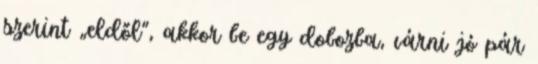
szerint „eldől”, akkor be egy dobozba, várni jó pár